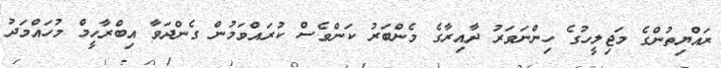
ރައްޔިތުންގެ މަޖިލީހުގެ ހިންނަވަރު ދާއިރާގެ މެންބަރު ކަންވެސް ކުރައްވަމުން ގެންދަވާ އިބްރާހީމް މުހައްމަދު